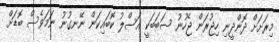
މިރަށަށް ދޮންދީނި ހިޖުރަން ޖެހުނު ސަބަބަކީ އަސްލު ކޮބައިކަން ނޭނގުނު ނަމަވެސް ބޮޑަށް